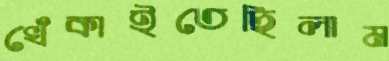
খেঁকাইতেছিলাম